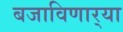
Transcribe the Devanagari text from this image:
बजाविणार्‍या